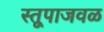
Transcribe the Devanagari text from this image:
स्तूपाजवळ